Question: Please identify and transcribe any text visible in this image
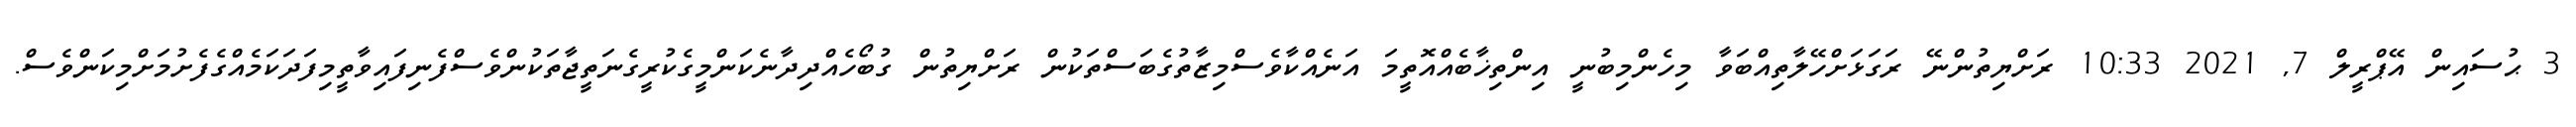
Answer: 3 ޙުސައިން އޭޕްރީލް 7, 2021 10:33 ރަށްޔިތުންނޭ ރަގަޅަށްހޭލާތިއްބަވާ މިހެންމިބުނީ އިންތިޚާބެއްއޮތީމަ އަނެއްކާވެސްމިޒާތުގެބަސްތަކުން ރަށްޔިތުން ގުބޯހެއްދިދާނެކަންމީގެކުރީގެނަތީޖާތަކުންވެސްފެނިފައިވާތީމިފަދަކަމެއްގެފެށުމަށްމިކަންވެސް.